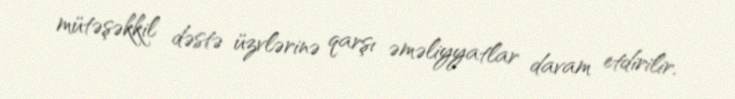
mütəşəkkil dəstə üzvlərinə qarşı əməliyyatlar davam etdirilir.